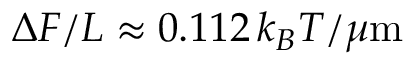
\Delta { \cal F } / L \approx 0 . 1 1 2 \, k _ { B } T / \mu \mathrm { m }